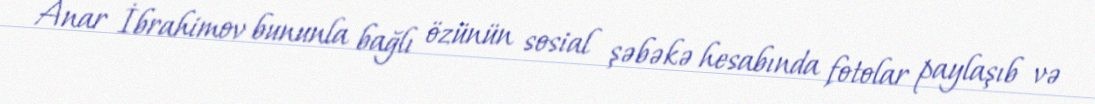
Anar İbrahimov bununla bağlı özünün sosial şəbəkə hesabında fotolar paylaşıb və